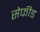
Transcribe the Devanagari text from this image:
सेफीड